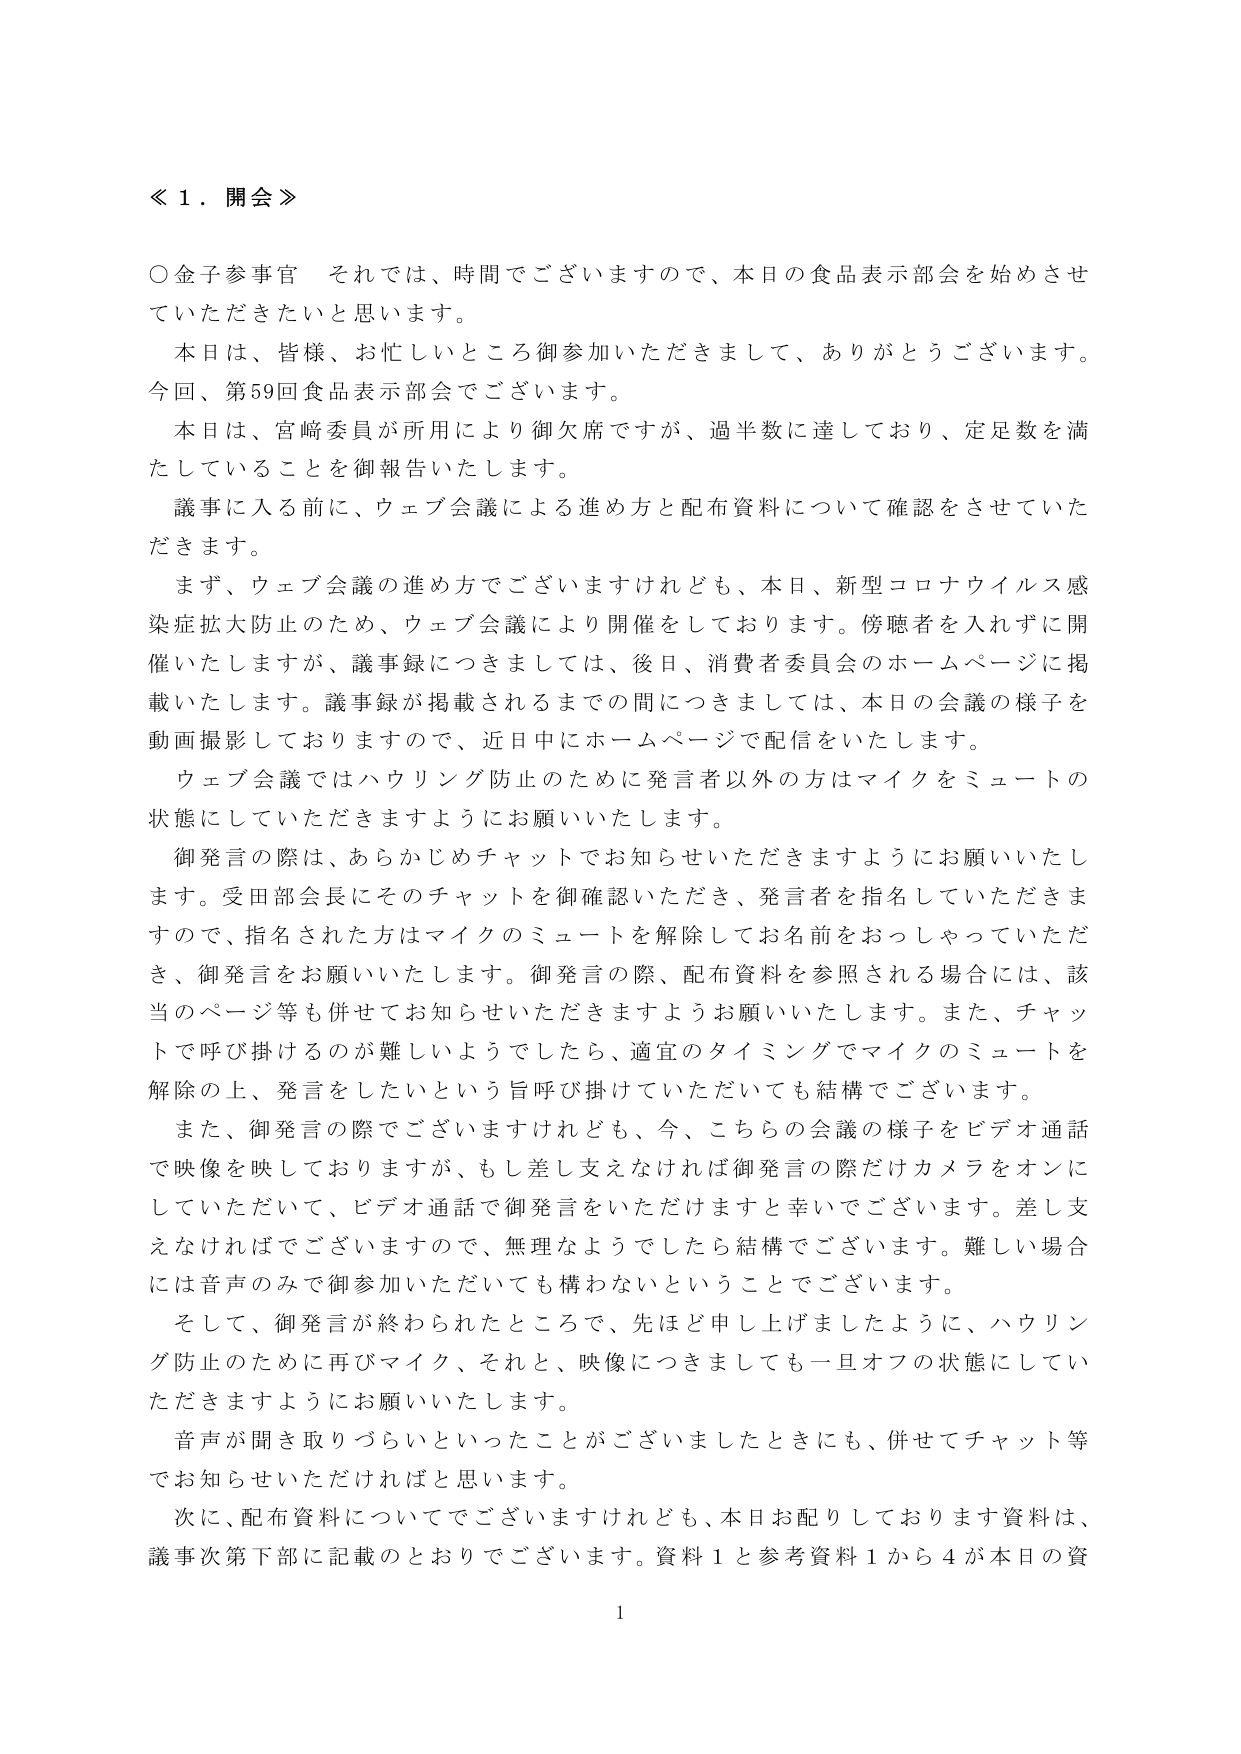
≪１．開会≫

○金子参事官　それでは、時間でございますので、本日の食品表示部会を始めさせていただきたいと思います。

本日は、皆様、お忙しいところ御参加いただきまして、ありがとうございます。今回、第59回食品表示部会でございます。

本日は、宮﨑委員が所用により御欠席ですが、過半数に達しており、定足数を満たしていることを御報告いたします。

議事に入る前に、ウェブ会議による進め方と配布資料について確認をさせていただきます。

まず、ウェブ会議の進め方でございますけれども、本日、新型コロナウイルス感染症拡大防止のため、ウェブ会議により開催をしております。傍聴者を入れずに開催いたしますが、議事録につきましては、後日、消費者委員会のホームページに掲載いたします。議事録が掲載されるまでの間につきましては、本日の会議の様子を動画撮影しておりますので、近日中にホームページで配信をいたします。

ウェブ会議ではハウリング防止のために発言者以外の方はマイクをミュートの状態にしていただきますようにお願いいたします。

御発言の際は、あらかじめチャットでお知らせいただきますようにお願いいたします。受田部会長にそのチャットを御確認いただき、発言者を指名していただきますので、指名された方はマイクのミュートを解除してお名前をおっしゃっていただき、御発言をお願いいたします。御発言の際、配布資料を参照される場合には、該当のページ等も併せてお知らせいただきますようお願いいたします。また、チャットで呼び掛けるのが難しいようでしたら、適宜のタイミングでマイクのミュートを解除の上、発言をしたいという旨呼び掛けていただいても構ってございます。

また、御発言の際でございますけれども、今、こちらの会議の様子をビデオ通話で映像を映しておりますが、もし差し支えなければ御発言の際だけカメラをオンにしていただいて、ビデオ通話で御発言をいただけますと幸いでございます。差し支えなければでございますので、無理なようでしたら結構でございます。難しい場合には音声のみで御参加いただいても構わないということでございます。

そして、御発言が終われたところで、先ほど申し上げましたように、ハウリング防止のために再びマイク、それと、映像につきましても一旦オフの状態にしていただきますようにお願いいたします。

音声が聞き取りづらいといったことがございましたときにも、併せてチャット等でお知らせいただければと思います。

次に、配布資料についてでございますけれども、本日お配りしております資料は、議事次第下部に記載のとおりでございます。資料１と参考資料１から４が本日の資

1